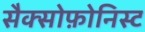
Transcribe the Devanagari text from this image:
सैक्सोफ़ोनिस्ट